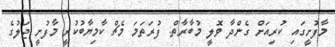
މާފުށީގައި ކުރިއަށް ގެންދާ ވޮލީ މުބާރާތް: ފުރަތަމަ މެޗް ކާމިޔާބުކުރީ މާފުށީ ޖަލުގެ